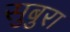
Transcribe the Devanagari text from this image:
सुबुरा